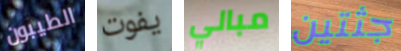
الطيبون يفوت مبالي جثتين